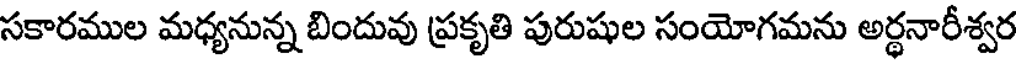
సకారముల మధ్యనున్న బిందువు ప్రకృతి పురుషుల సంయోగమను అర్థనారీశ్వర